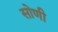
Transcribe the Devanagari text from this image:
सोणी